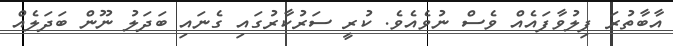
އާބާތުރަ ފިލުވާފައެއް ވެސް ނުވެއެވެ. ކުރީ ސަރުކާރުގައި ގެނައި ބަދަލު ނޫން ބަދަލެއް